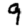
Digit: 9